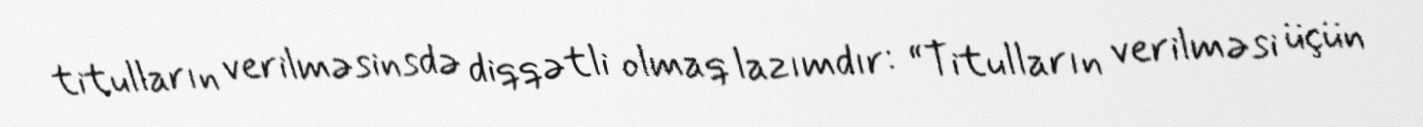
titulların verilməsinsdə diqqətli olmaq lazımdır: “Titulların verilməsi üçün